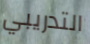
التدريبي